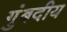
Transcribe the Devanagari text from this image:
गुंबदीय